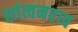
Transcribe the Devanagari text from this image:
शांत्वनराव